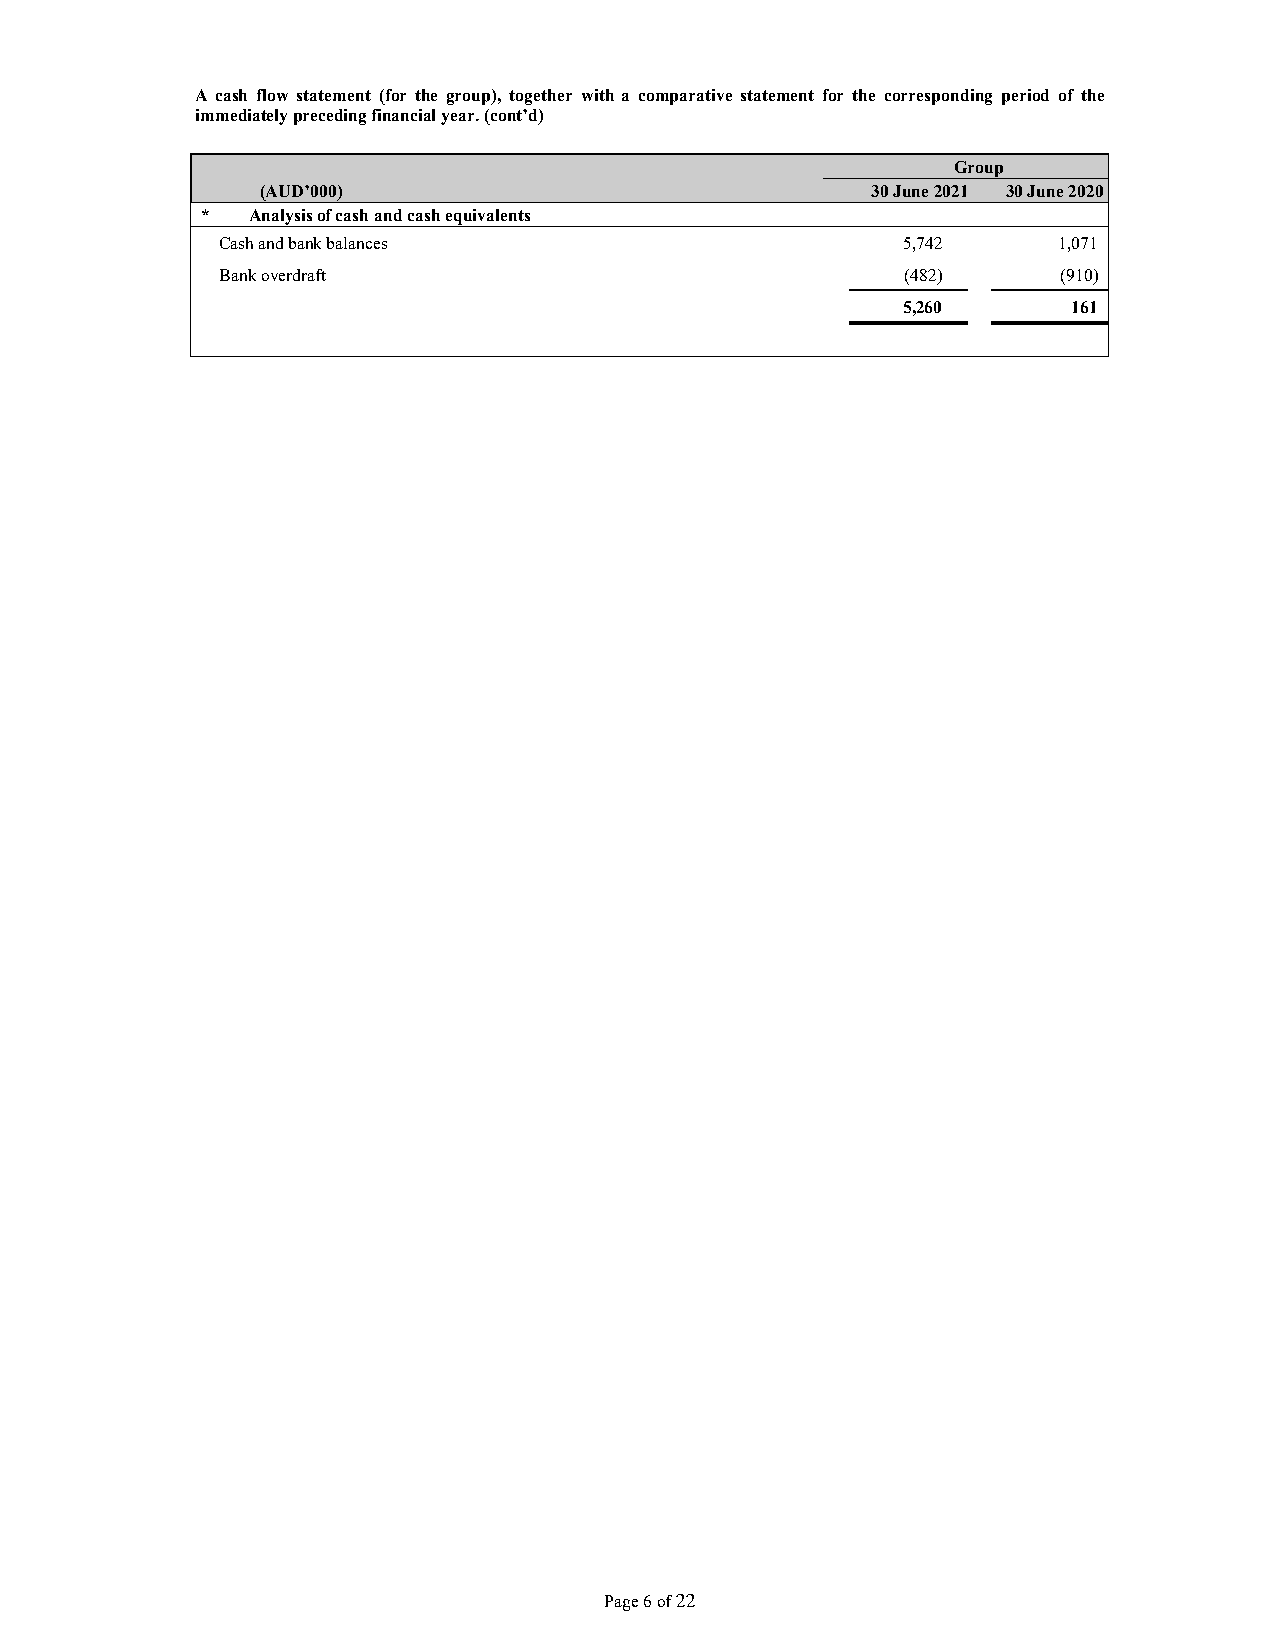
A cash flow statement (for the group), together with a comparative statement for the corresponding period of the
 immediately preceding financial year. (cont’d)
 Group
 (AUD’000)                                30 June 2021 30 June 2020
 *   Analysis of cash and cash equivalents
 Cash and bank balances                        5,742     1,071
 Bank overdraft                                (482)     (910)
 5,260      161
 Page 6 of 22